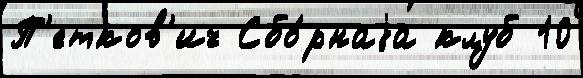
П'етков'ич Сбо́рнаjа клуб 10